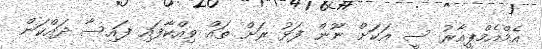
އެމްއެމްޕީއާރު ސީ އަކަށް ނޫން ފަޅު ރަށް ތައް ވިއްކާފައި ފައިސާ ދައްކަން